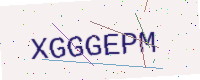
Text: XGGGEPM